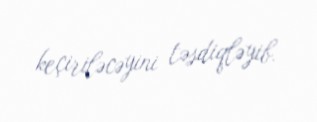
keçiriləcəyini təsdiqləyib.